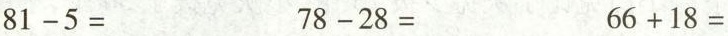
$$81-5=$$ $$78-28=$$ $$66+18=$$